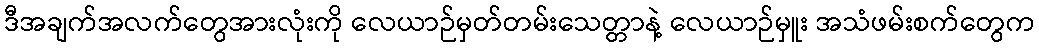
ဒီအချက်အလက်တွေအားလုံးကို လေယာဉ်မှတ်တမ်းသေတ္တာနဲ့ လေယာဉ်မှူး အသံဖမ်းစက်တွေက